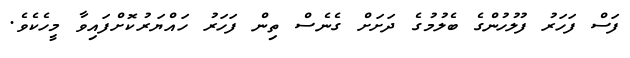
ފަސް ފަހަރު ފުލުހުންގެ ބެލުމުގެ ދަށަށް ގެނެސް ތިން ފަހަރު ހައްޔަރުކޮށްފައިވާ މީހެކެވެ.